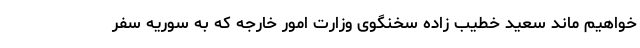
خواهیم ماند سعید خطیب زاده سخنگوی وزارت امور خارجه که به سوریه سفر